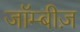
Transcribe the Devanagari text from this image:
जॉम्बीज़